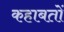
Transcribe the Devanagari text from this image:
कहाबतों